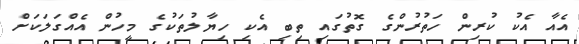
އެއާ އެކު ކުރިން ހަތުރުންގެ ގޮތުގައި ތިބި އެކި ހިޔާލުތަކުގެ މީހުން އެއްގަލަކަށް